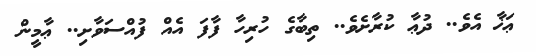
ޢަޚާ އެވެ.. ދުޢާ ކުރާށެވެ.. ތިބާގެ ހުރިހާ ފާފަ އެއް ފުއްސަވާށި.. ޢާމީން